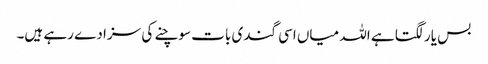
بس یار لگتا ہے اللہ میاں اسی گندی بات سوچنے کی سزا دے رہے ہیں۔